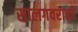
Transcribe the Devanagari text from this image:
सालगवराळी